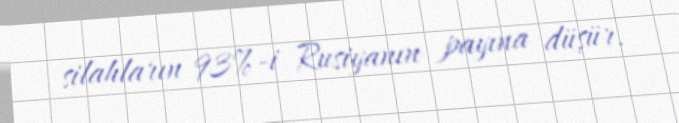
silahların 93%-i Rusiyanın payına düşür.